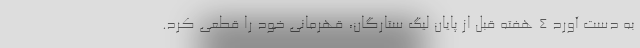
به دست آورد ۴ هفته قبل از پایان لیگ ستارگان، قهرمانی خود را قطعی کرد.